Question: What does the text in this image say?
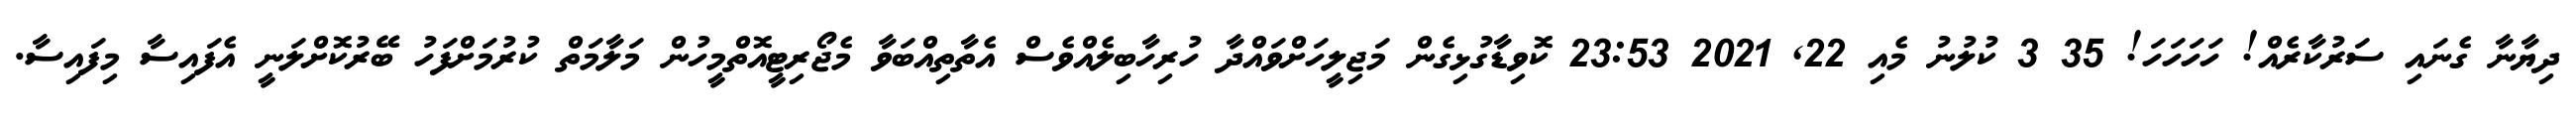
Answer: ދިޔާނާ ގެނައި ސަރުކާރެއް! ހަހަހަހަ! 35 3 ކުލުނު މެއި 22, 2021 23:53 ކޮވިޑާގުޅިގެން މަޖިލީހަށްވައްދާ ހުރިހާބިލެއްވެސް އެތާތިއްބަވާ މެޖޯރިޓީއޮތްމީހުން މަލާމަތް ކުރުމަށްފަހު ބޭރުކޮށްލަނީ އެފައިސާ މިފައިސާ.